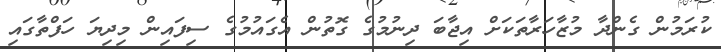
ކުރަމުން ގެންދާ މުޒާހަރާތަކަށް އިޖާބަ ދިނުމުގެ ގޮތުން އެގައުމުގެ ސިފައިން މިދިޔަ ހަފްތާގައި